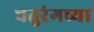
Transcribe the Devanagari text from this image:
चतुरंगच्या